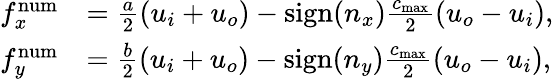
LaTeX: \begin{array}{rl}{f_{x}^{\operatorname{num}}}&{=\frac{a}{2}\left(u_{i}+u_{o}\right)-\mathrm{sign}(n_{x})\frac{c_{\mathrm{max}}}{2}\left(u_{o}-u_{i}\right),}\\ {f_{y}^{\operatorname{num}}}&{=\frac{b}{2}\left(u_{i}+u_{o}\right)-\mathrm{sign}(n_{y})\frac{c_{\mathrm{max}}}{2}\left(u_{o}-u_{i}\right),}\end{array}